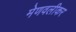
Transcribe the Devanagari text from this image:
मेणवलीकर